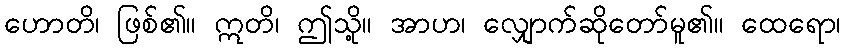
ဟောတိ၊ ဖြစ်၏။ ဣတိ၊ ဤသို့။ အာဟ၊ လျှောက်ဆိုတော်မူ၏။ ထေရော၊